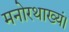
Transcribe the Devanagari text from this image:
मनोरथाख्यं।